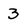
Character: 3